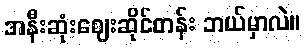
အနီးဆုံးဈေးဆိုင်တန်း ဘယ်မှာလဲ။